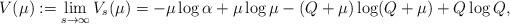
LaTeX: \begin{align*}V(\mu):=\lim_{s\to\infty} V_s(\mu)=-\mu\log\alpha+\mu\log\mu-(Q+\mu)\log(Q+\mu)+Q\log Q,\end{align*}